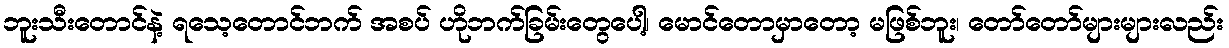
ဘူးသီးတောင်နဲ့ ရသေ့တောင်ဘက် အစပ် ဟိုဘက်ခြမ်းတွေပေါ့၊ မောင်တောမှာတော့ မဖြစ်ဘူး၊ တော်တော်များများလည်း